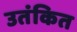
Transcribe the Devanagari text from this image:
उतंकित